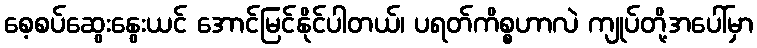
စေ့စပ်ဆွေးနွေးယင် အောင်မြင်နိုင်ပါတယ်၊ ပရတ်ကိစ္စဟာလဲ ကျုပ်တို့အပေါ်မှာ